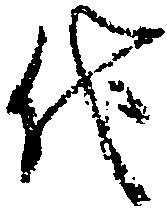
代